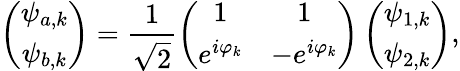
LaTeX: \left(\begin{array}{c}{\psi_{a,k}}\\ {\psi_{b,k}}\end{array}\right)=\frac{1}{\sqrt{2}}\left(\begin{array}{cc}{1}&{1}\\ {e^{i\varphi_{k}}}&{-e^{i\varphi_{k}}}\end{array}\right)\left(\begin{array}{c}{\psi_{1,k}}\\ {\psi_{2,k}}\end{array}\right),